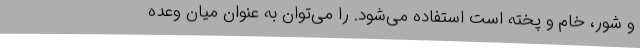
و شور، خام و پخته است استفاده می‌شود. را می‌توان به عنوان میان وعده